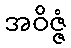
အဝိဇ္ဇံ